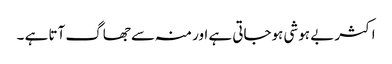
اکثر بے ہوشی ہوجاتی ہے اور منہ سے جھاگ آتا ہے ۔